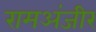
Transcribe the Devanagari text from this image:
रामअंजीर